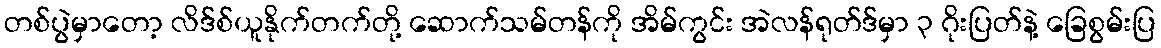
တစ်ပွဲမှာတော့ လိဒ်စ်ယူနိုက်တက်တို့ ဆောက်သမ်တန်ကို အိမ်ကွင်း အဲလန်ရုတ်ဒ်မှာ ၃ ဂိုးပြတ်နဲ့ ခြေစွမ်းပြ